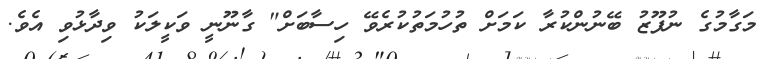
މަގާމުގެ ނުފޫޒު ބޭނުންކުރާ ކަމަށް ތުހުމަތުކުރެވޭ ހިސާބަށް" ގާނޫނީ ވަކީލަކު ވިދާޅުވި އެވެ.